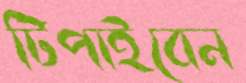
টিপাইবেন